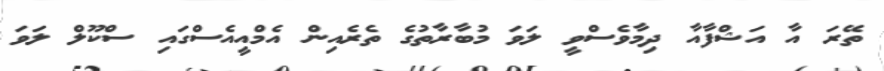
ތޭރަ އާ އަޝްފާއާ ދިމާވެސްވީ ލަވަ މުބާރާތުގެ ތެރެއިން އެމްއީއެސްގައި ސްކޫލް ލަވަ